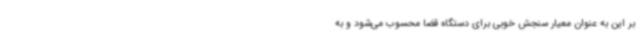
بر این به عنوان معیار سنجش خوبی برای دستگاه قضا محسوب می‌شود و به